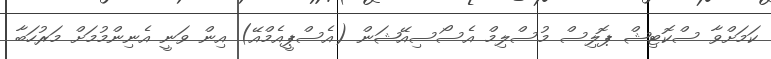
ކަމަށްވާ ސްކޮޓިޝް ޕޮލިސް މުސްލިމް އެސޯސިއޭޝަން (އެސްޕީއެމްއޭ) އިން ވަނީ އެނިންމުމަށް މަރުހަބާ